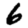
Digit: 6